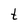
Character: t